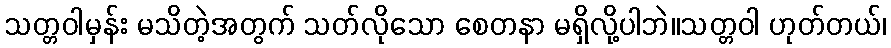
သတ္တဝါမှန်း မသိတဲ့အတွက် သတ်လိုသော စေတနာ မရှိလို့ပါဘဲ။သတ္တဝါ ဟုတ်တယ်၊